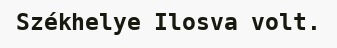
Székhelye Ilosva volt.